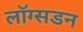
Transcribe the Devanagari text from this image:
लाॅग्सडन